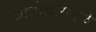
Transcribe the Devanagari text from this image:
जीर्णोद्धारामुळे